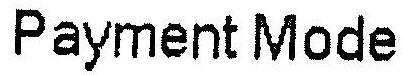
PAYMENT MODE